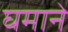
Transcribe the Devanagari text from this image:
घमाने